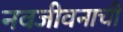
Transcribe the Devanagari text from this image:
नवजीवनाची